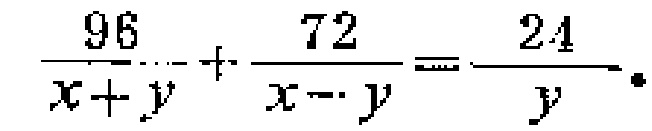
$\frac{96}{x + y}+\frac{72}{x - y}=\frac{24}{y}$